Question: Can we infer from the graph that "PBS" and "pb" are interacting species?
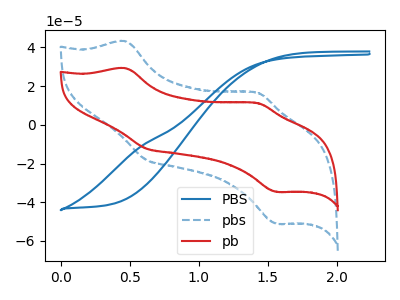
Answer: <think>The blue curve "PBS" has no peaks. The blue dashed curve "pbs" has anodic peaks at (0.45V, 43.20uA) (1.40V, 16.60uA) and cathodic peaks at (0.60V, -18.05uA) (1.55V, -51.10uA). The red curve "pb" has anodic peaks at (0.45V, 29.25uA) (1.40V, 11.25uA) and cathodic peaks at (0.60V, -12.25uA) (1.55V, -34.60uA).
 "PBS" and "pb" have a different number of peaks.</think>
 <answer>Yes, "PBS" and "pb" are different in shape.</answer>
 <eval>yes_change</eval>